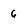
Character: 6